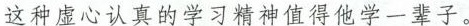
这种虚心认真的学习精神值得他学一辈子。